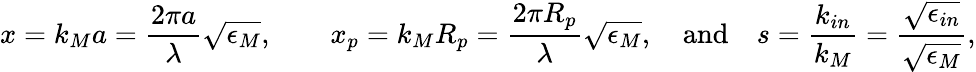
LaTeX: x=k_{M}a=\frac{2\pi a}{\lambda}\sqrt{\epsilon_{M}},\quad\quad x_{p}=k_{M}R_{p}=\frac{2\pi R_{p}}{\lambda}\sqrt{\epsilon_{M}},\quad\mathrm{and}\quad s=\frac{k_{in}}{k_{M}}=\frac{\sqrt{\epsilon_{in}}}{\sqrt{\epsilon_{M}}},